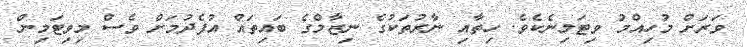
ވަރަށް މުހިއްމު ވިޓަމިނެެކެވެ. ހިތާއި ނާރުތަކުގެ ނިޒާމްގެ ބައިތައްް އުފެދުމަށް ވެސް މިވިޓަމިން